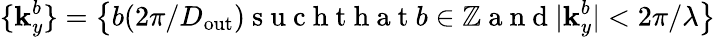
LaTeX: \{ \mathbf{k}_{y}^{b}\} =\left\{ b(2\pi/D_{\mathrm{{out}}})\mathrm{{~s~u~c~h~t~h~a~t~}}b\in\mathbb{{Z}}\mathrm{{~a~n~d~}}|\mathbf{k}_{y}^{b}|<2\pi/\lambda\right\}